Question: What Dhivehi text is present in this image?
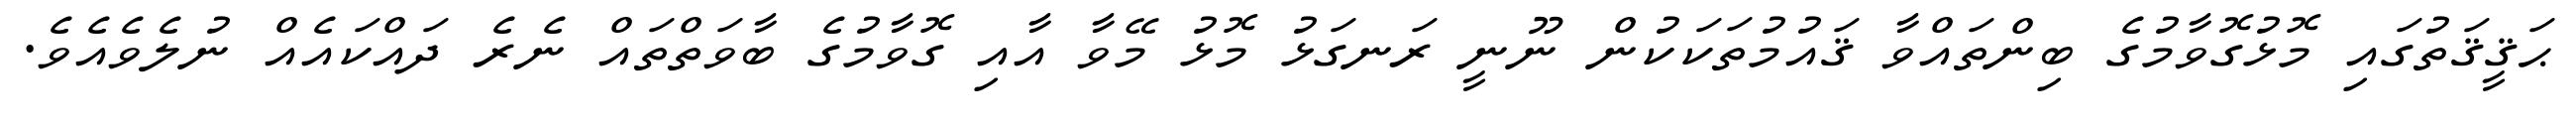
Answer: ޙަޤީޤަތުގައި މޮޅުގޮވާމުގެ ބިންތައްވާ ޤައުމުތަކަކުން ނޫނީ ރަނގަޅު މޮޅު މޭވާ އާއި ގޮވާމުގެ ބާވަތްތައް ނެރެ ދައްކައެއް ނުލެވެއެވެ.